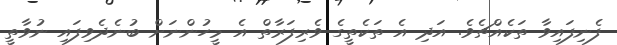
ފެނިފައިވާ ތަކެއްޗެވެ. އަދި އެ ތަކެތީގެ ވެރިފަރާތް އެ މީހުންނަށް ބުނެދެވިފައި ނުވާތީ